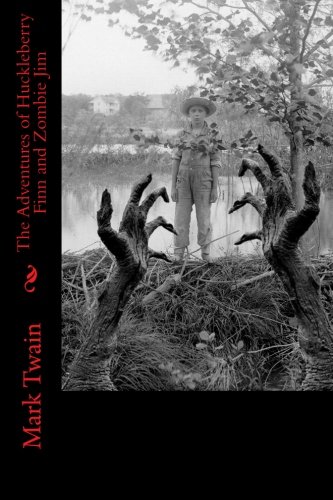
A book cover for The Adventures of Huckleberry Finn and Zombie Jim; Mark Twain; Literature & Fiction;